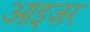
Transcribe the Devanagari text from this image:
आइज़र